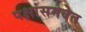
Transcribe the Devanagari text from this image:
पक्षांसमवेत